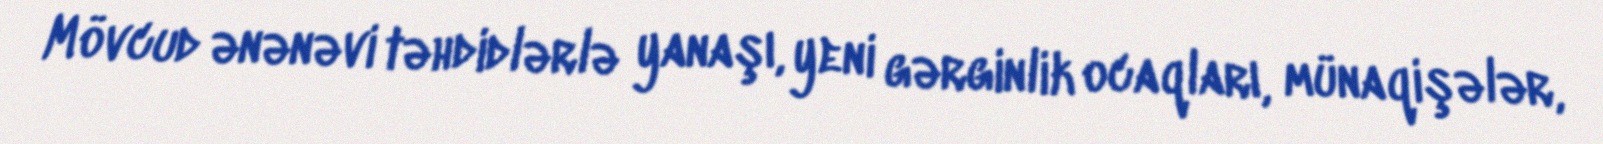
Mövcud ənənəvi təhdidlərlə yanaşı, yeni gərginlik ocaqları, münaqişələr,